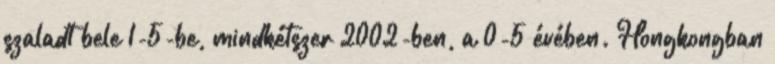
szaladt bele 1-5-be, mindkétszer 2002-ben, a 0-5 évében. Hongkongban